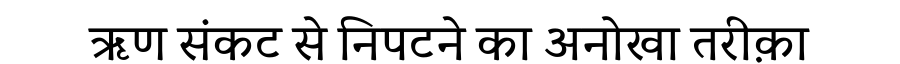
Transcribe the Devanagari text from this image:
ऋण संकट से निपटने का अनोखा तरीक़ा